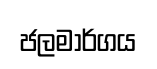
ජලමාර්ගය